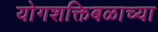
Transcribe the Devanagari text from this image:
योगशक्तिबळाच्या